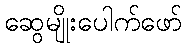
ဆွေမျိုးပေါက်ဖော်